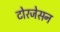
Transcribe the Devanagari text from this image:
टोरजेसन